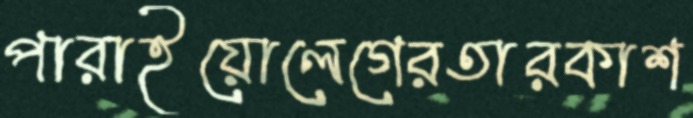
পারাইয়োলেগেরতারকাশ